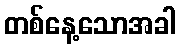
တစ်နေ့သောအခါ